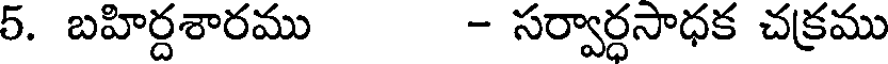
5. బహిర్దశారము - సర్వార్ధసాధక చక్రము